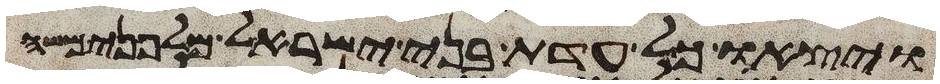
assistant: ויצאו כל עדת בני ישראל מלפני משה